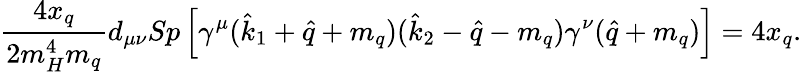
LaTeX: \frac{4x_{q}}{2m_{H}^{4}m_{q}}d_{\mu\nu}Sp\left[\gamma^{\mu}({\hat{k}_{1}}+{\hat{q}}+m_{q})({\hat{k}_{2}}-{\hat{q}}-m_{q})\gamma^{\nu}({\hat{q}}+m_{q})\right]=4x_{q}.